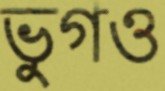
ভুগও